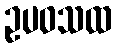
ဥပဝသထ